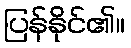
ပြန်နိုင်၏။